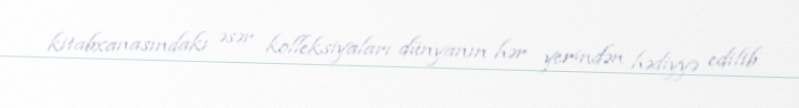
kitabxanasındakı əsər kolleksiyaları dünyanın hər yerindən hədiyyə edilib.